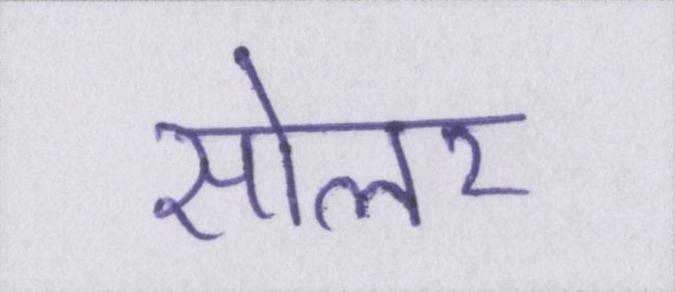
सोलर